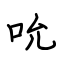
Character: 吮